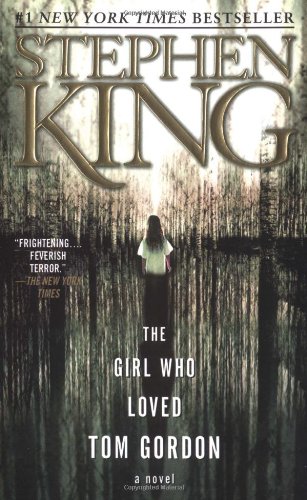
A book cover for The Girl Who Loved Tom Gordon; Stephen King; Mystery, Thriller & Suspense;